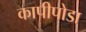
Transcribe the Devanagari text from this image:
कापीपोडा